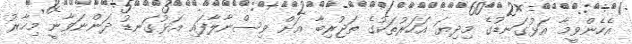
އެހެންވީމާ އަޅުގަނޑުގެ މިދިޔަ އަހަރުތަކުގެ ތަޖުރިބާ އަށް ވިސްނާލާފައި އަޅުގަނޑު ދަންނަވާނީ މިހާރު